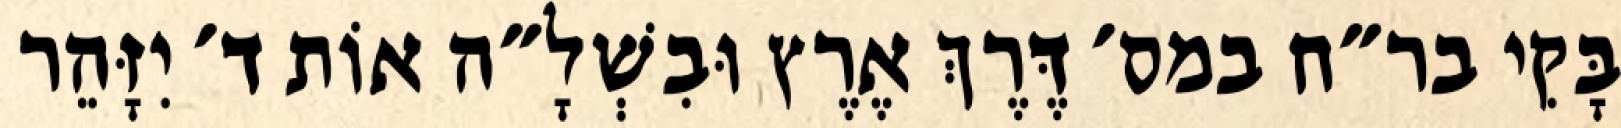
בָּקִי בר״ח במס׳ דֶּרֶךְ אֶרֶץ וּבִשְׁלָ״ה אוֹת ד׳ יִזָּהֵר